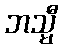
ဘသ္မီ